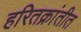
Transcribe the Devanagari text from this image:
हरितक्रांतीत